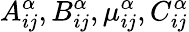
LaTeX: A_{ij}^{\alpha},B_{ij}^{\alpha},\mu_{ij}^{\alpha},C_{ij}^{\alpha}